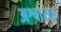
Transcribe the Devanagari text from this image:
अश्वासह